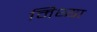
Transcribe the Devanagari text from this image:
मिथ्‍या